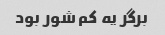
برگر یه کم شور بود